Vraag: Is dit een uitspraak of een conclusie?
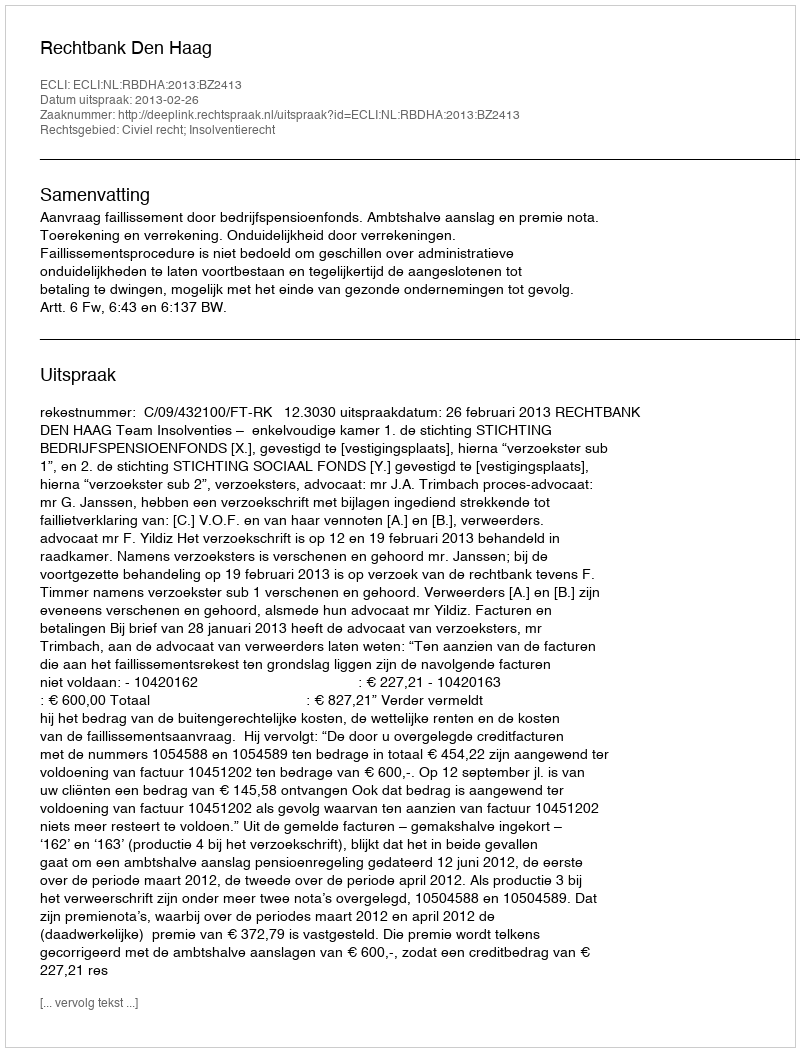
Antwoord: Uitspraak